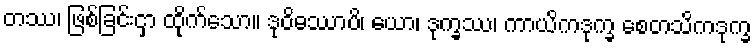
တဿ၊ ဖြစ်ခြင်းငှာ ထိုက်သော။ ဒုဝိဓဿာပိ၊ ယော၊ ဒုက္ခဿ၊ ကာယိကဒုက္ခ စေတသိကဒုက္ခ